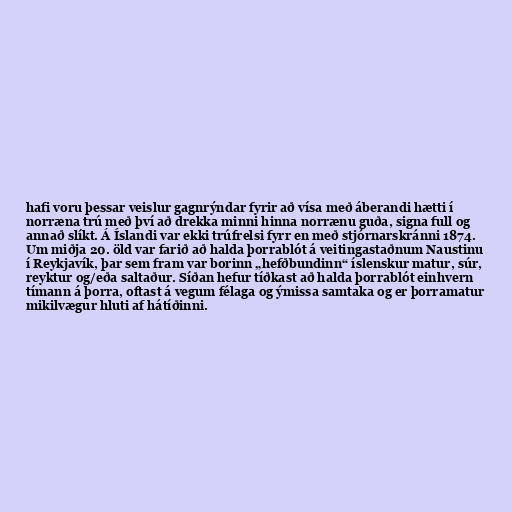
hafi voru þessar veislur gagnrýndar fyrir að vísa með áberandi hætti í
norræna trú með því að drekka minni hinna norrænu guða, signa full og
annað slíkt. Á Íslandi var ekki trúfrelsi fyrr en með stjórnarskránni 1874.
Um miðja 20. öld var farið að halda þorrablót á veitingastaðnum Naustinu
í Reykjavík, þar sem fram var borinn „hefðbundinn“ íslenskur matur, súr,
reyktur og/eða saltaður. Síðan hefur tíðkast að halda þorrablót einhvern
tímann á þorra, oftast á vegum félaga og ýmissa samtaka og er þorramatur
mikilvægur hluti af hátíðinni.